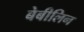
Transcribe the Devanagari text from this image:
बेबीलिन